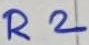
Text: R2